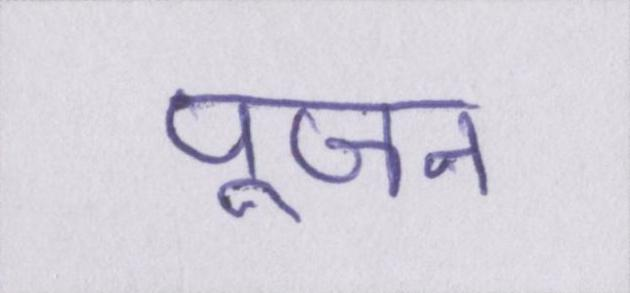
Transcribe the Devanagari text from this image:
पूजन